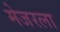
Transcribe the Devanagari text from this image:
मेजरला